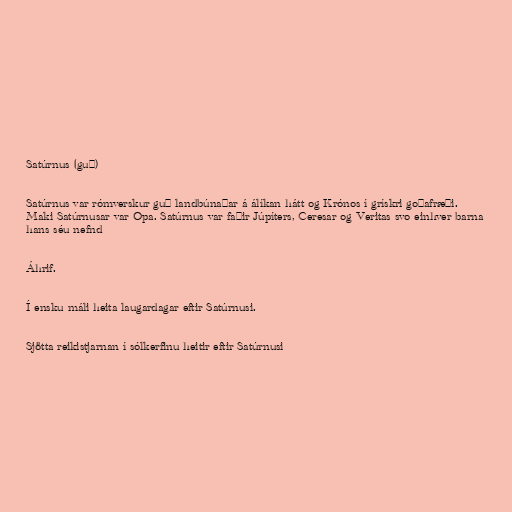
Satúrnus (guð)

Satúrnus var rómverskur guð landbúnaðar á álíkan hátt og Krónos í grískri goðafræði.
Maki Satúrnusar var Opa. Satúrnus var faðir Júpíters, Ceresar og Veritas svo einhver barna
hans séu nefnd

Áhrif.

Í ensku máli heita laugardagar eftir Satúrnusi.

Sjötta reikistjarnan í sólkerfinu heitir eftir Satúrnusi